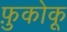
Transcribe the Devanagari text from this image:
फ़ुकोकू